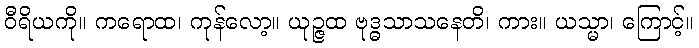
ဝီရိယကို။ ကရောထ၊ ကုန်လော့။ ယုဉ္ဇထ ဗုဒ္ဓသာသနေတိ၊ ကား။ ယသ္မာ၊ ကြောင့်။